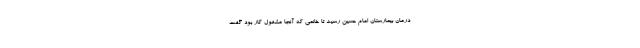
درمان بیمارستان امام حسین رسید تا خانمی که آنجا مشغول کار بود گفت